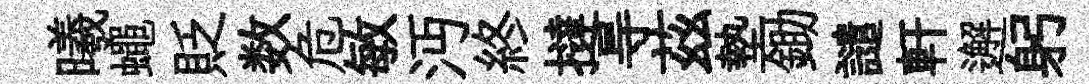
曦蠅貶数危敏沔終撻㝵茲墊鋤譴軒邂躬